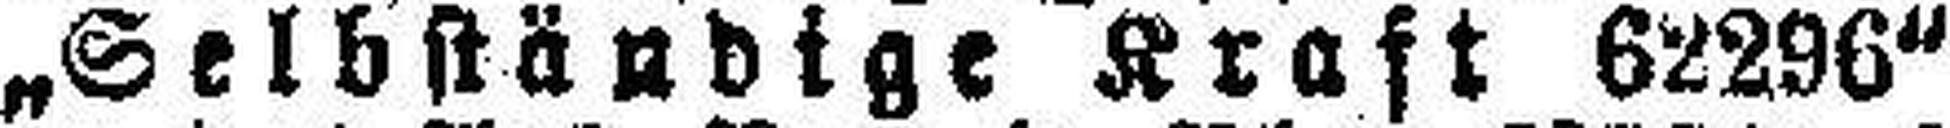
„Selbständige Kraft 62296“